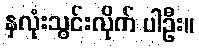
နှလုံးသွင်းလိုက် ပါဦး။